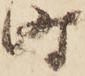
時